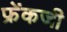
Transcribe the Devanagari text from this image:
फ्रेंकजी